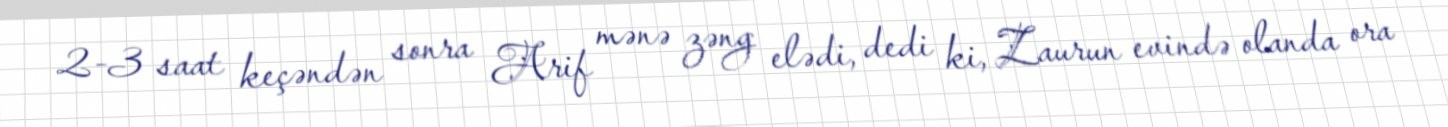
2-3 saat keçəndən sonra Arif mənə zəng elədi, dedi ki, Zaurun evində olanda ora